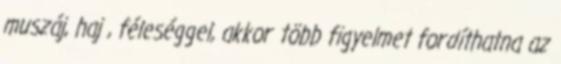
muszáj, haj , féleséggel, akkor több figyelmet fordíthatna az